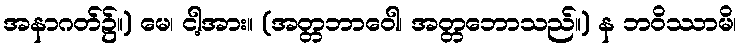
အနာဂတ်၌။) မေ၊ ငါ့အား။ (အတ္တဘာဝေါ၊ အတ္တဘောသည်။) န ဘဝိဿာမိ၊